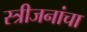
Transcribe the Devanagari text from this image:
स्त्रीजनांचा